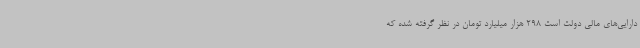
دارایی‌های مالی دولت است 298 هزار میلیارد تومان در نظر گرفته شده که